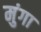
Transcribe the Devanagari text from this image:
मुंगा